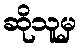
ဆိုသူမှ